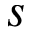
s